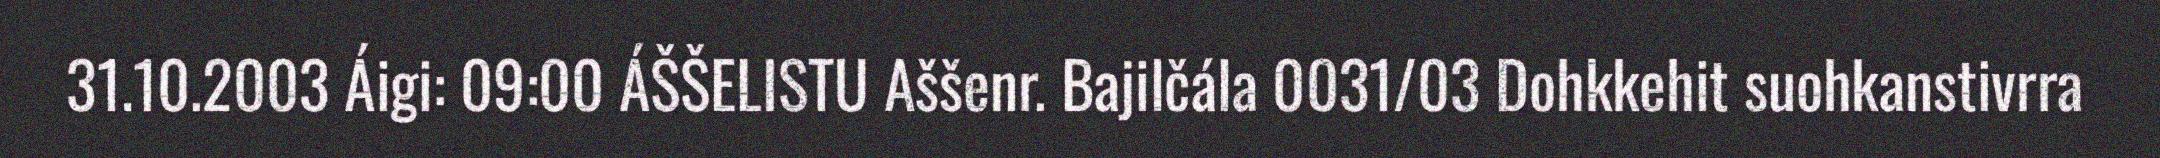
31.10.2003 Áigi: 09:00 ÁŠŠELISTU Aššenr. Bajilčála 0031/03 Dohkkehit suohkanstivrra